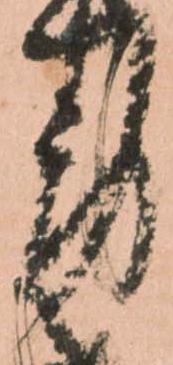
労